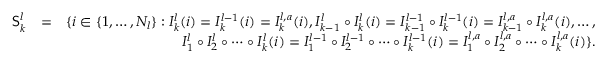
\begin{array} { r l r } { \mathsf { S } _ { k } ^ { l } } & { = } & { \{ i \in \{ 1 , \dots , N _ { l } \} : I _ { k } ^ { l } ( i ) = I _ { k } ^ { l - 1 } ( i ) = I _ { k } ^ { l , a } ( i ) , I _ { k - 1 } ^ { l } \circ I _ { k } ^ { l } ( i ) = I _ { k - 1 } ^ { l - 1 } \circ I _ { k } ^ { l - 1 } ( i ) = I _ { k - 1 } ^ { l , a } \circ I _ { k } ^ { l , a } ( i ) , \dots , } \\ & { } & { I _ { 1 } ^ { l } \circ I _ { 2 } ^ { l } \circ \cdots \circ I _ { k } ^ { l } ( i ) = I _ { 1 } ^ { l - 1 } \circ I _ { 2 } ^ { l - 1 } \circ \cdots \circ I _ { k } ^ { l - 1 } ( i ) = I _ { 1 } ^ { l , a } \circ I _ { 2 } ^ { l , a } \circ \cdots \circ I _ { k } ^ { l , a } ( i ) \} . } \end{array}